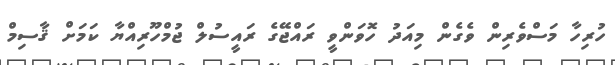
ހުރިހާ މަސްވެރިިިން ވެގެން މިއަދު ހޮވަންވީ ރައްޖޭގެ ރައީސުލް ޖުމްހޫރިިއްޔާ ކަމަށް ޤާސިމް